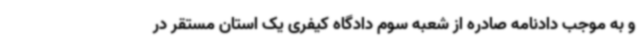
و به موجب دادنامه صادره از شعبه سوم دادگاه کیفری یک استان مستقر در